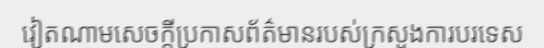
វៀតណាមសេចក្តីប្រកាសព័ត៌មានរបស់ក្រសួងការបរទេស